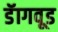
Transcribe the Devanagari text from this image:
डॅागवूड